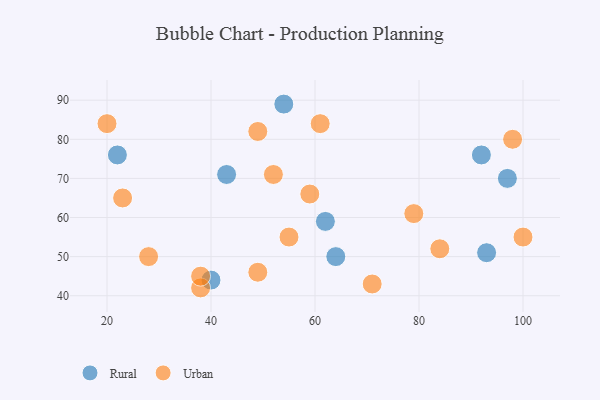
{"axis": {"x": "GDP", "y": "Life Expectancy"}, "legend": ["Rural", "Urban"], "data": [{"x": "40", "y": 44, "type": "Rural"}, {"x": "64", "y": 50, "type": "Rural"}, {"x": "54", "y": 89, "type": "Rural"}, {"x": "22", "y": 76, "type": "Rural"}, {"x": "43", "y": 71, "type": "Rural"}, {"x": "93", "y": 51, "type": "Rural"}, {"x": "97", "y": 70, "type": "Rural"}, {"x": "62", "y": 59, "type": "Rural"}, {"x": "92", "y": 76, "type": "Rural"}, {"x": "59", "y": 66, "type": "Urban"}, {"x": "61", "y": 84, "type": "Urban"}, {"x": "38", "y": 42, "type": "Urban"}, {"x": "98", "y": 80, "type": "Urban"}, {"x": "23", "y": 65, "type": "Urban"}, {"x": "84", "y": 52, "type": "Urban"}, {"x": "52", "y": 71, "type": "Urban"}, {"x": "38", "y": 45, "type": "Urban"}, {"x": "55", "y": 55, "type": "Urban"}, {"x": "49", "y": 82, "type": "Urban"}, {"x": "100", "y": 55, "type": "Urban"}, {"x": "49", "y": 46, "type": "Urban"}, {"x": "79", "y": 61, "type": "Urban"}, {"x": "71", "y": 43, "type": "Urban"}, {"x": "20", "y": 84, "type": "Urban"}, {"x": "28", "y": 50, "type": "Urban"}]}